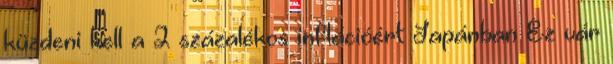
küzdeni kell a 2 százalékos inflációért Japánban Ez vár